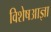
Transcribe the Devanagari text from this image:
विशेषआज्ञा